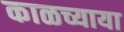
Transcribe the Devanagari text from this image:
काळच्याया